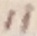
Text: 11